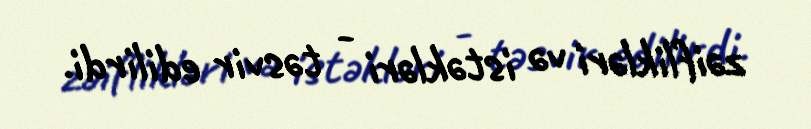
zəiflikləri və istəkləri - təsvir edilirdi.